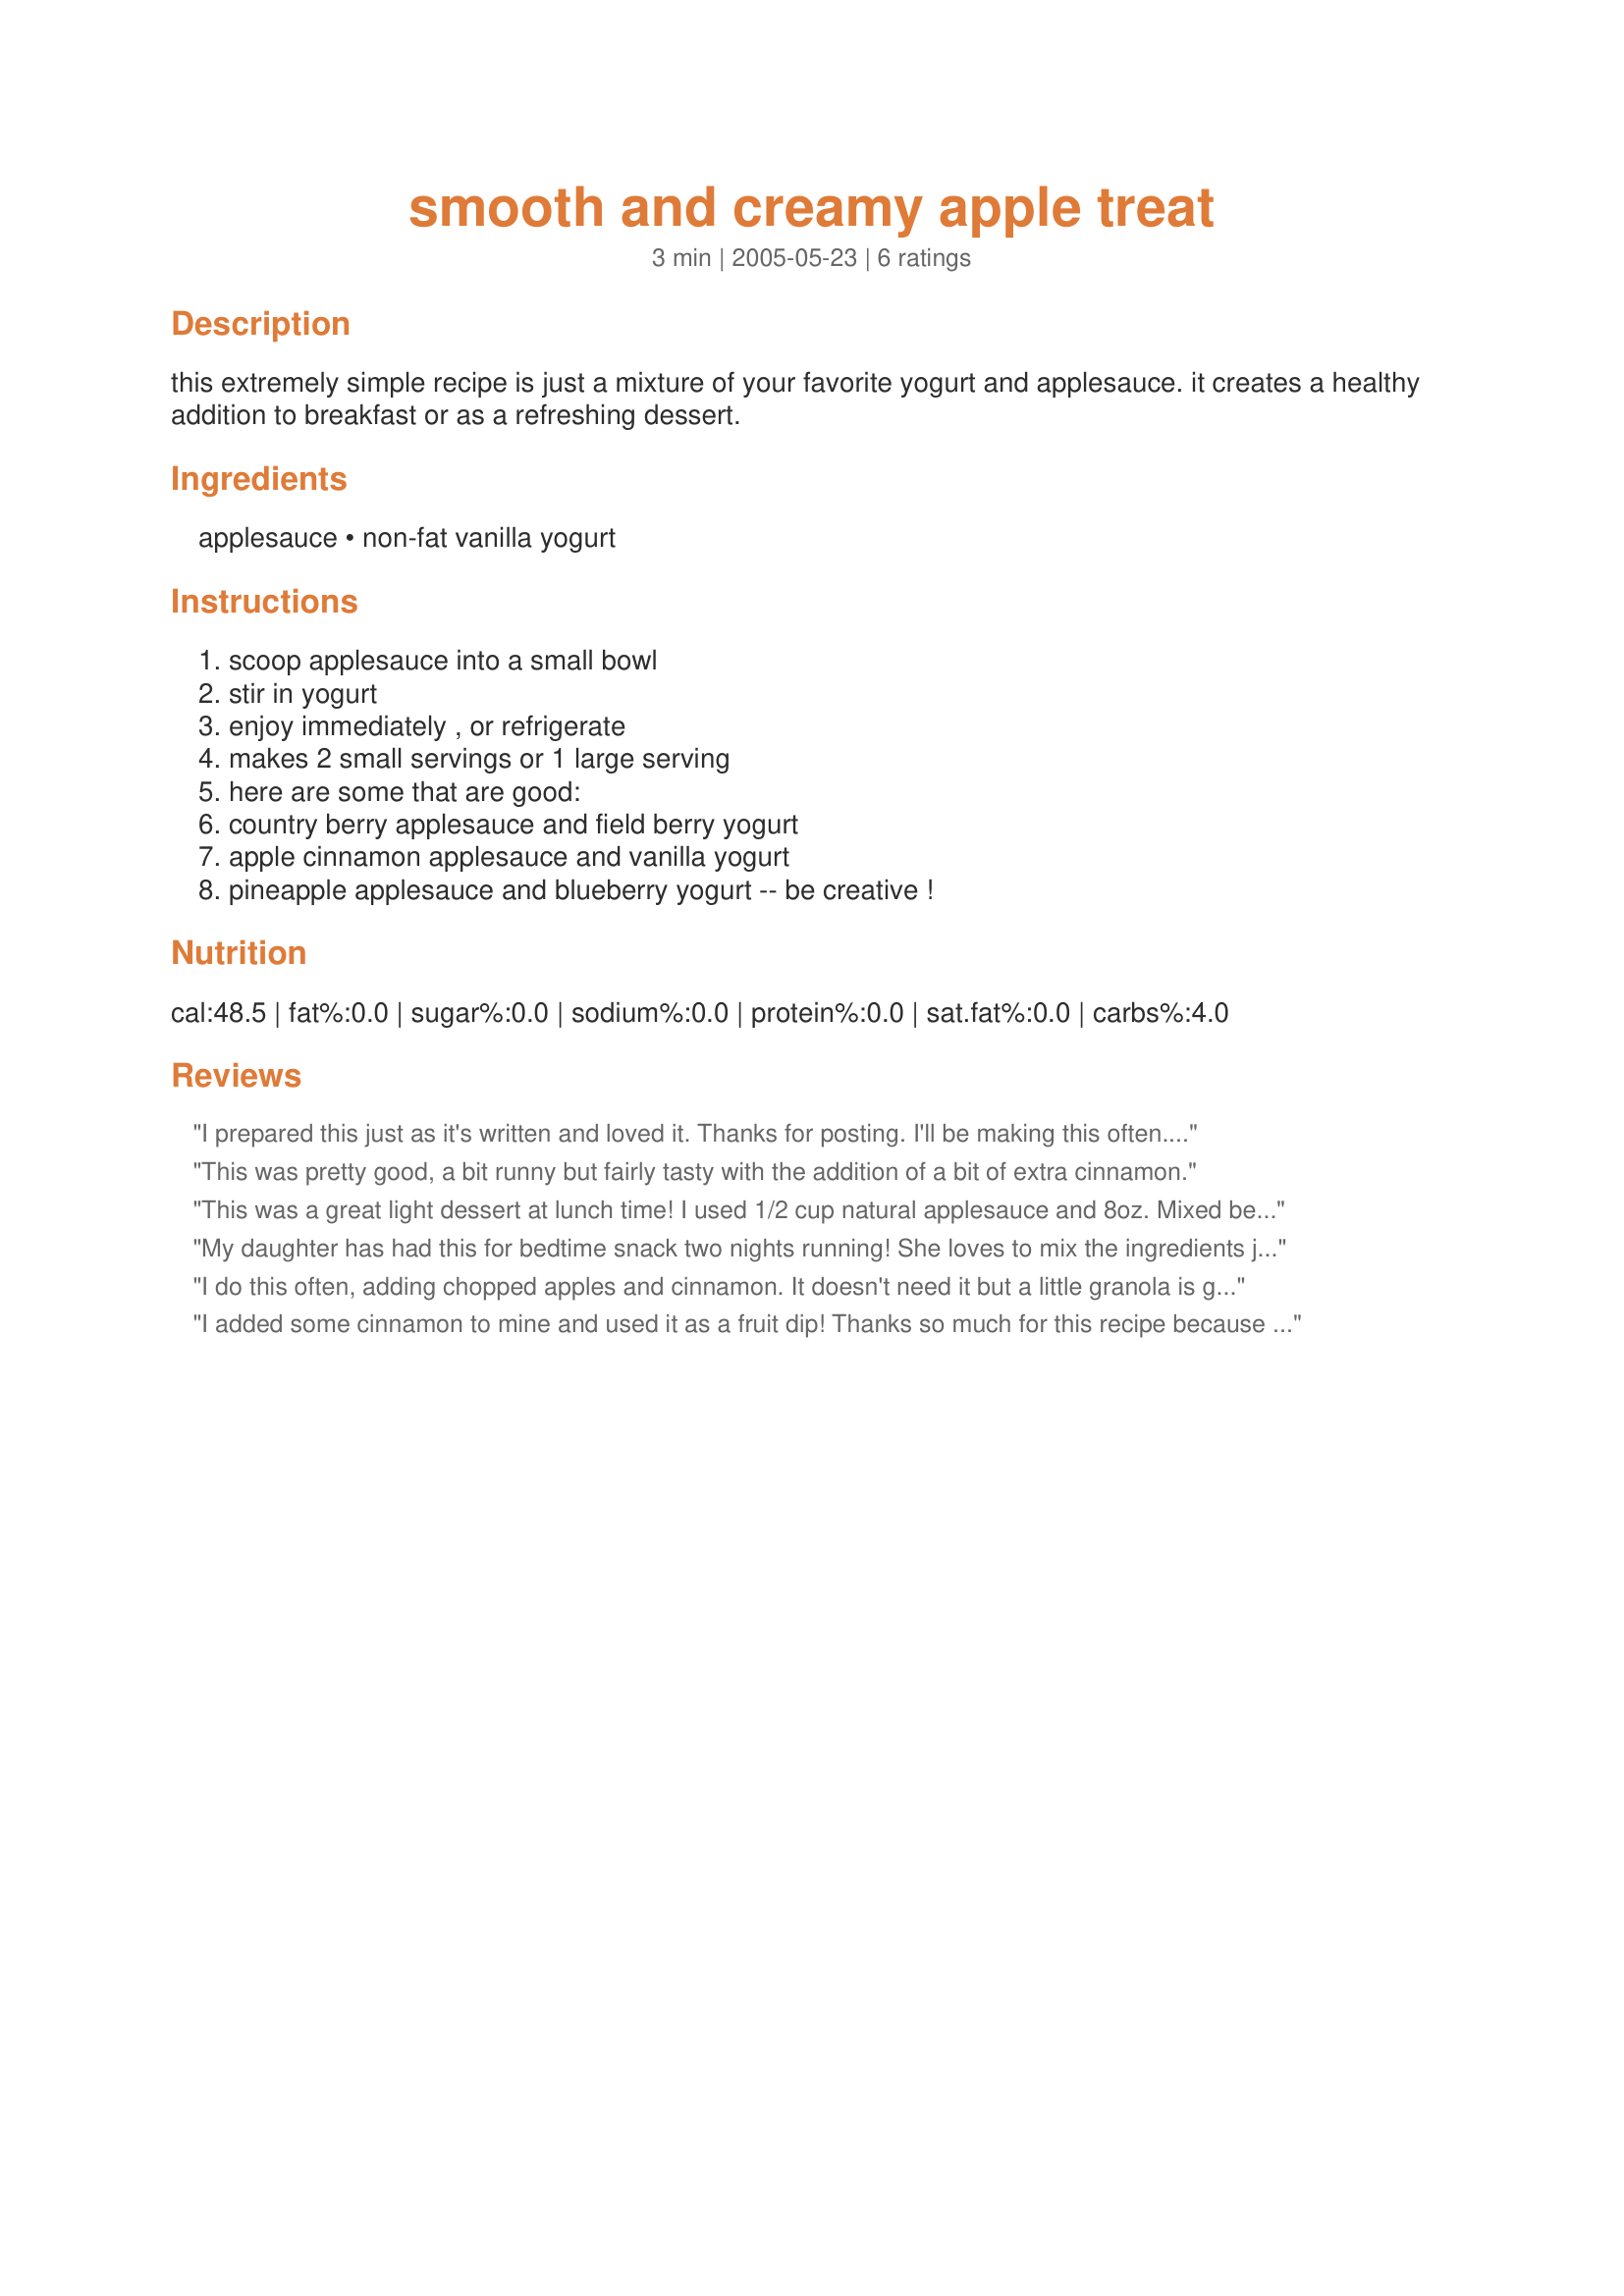
smooth and creamy apple treat
Preparation time: 3 minutes

this extremely simple recipe is just a mixture of your favorite yogurt and applesauce. it creates a healthy addition to breakfast or as a refreshing dessert.

Ingredients:
applesauce, non-fat vanilla yogurt

Steps:
scoop applesauce into a small bowl, stir in yogurt, enjoy immediately , or refrigerate, makes 2 small servings or 1 large serving, here are some that are good:, country berry applesauce and field berry yogurt, apple cinnamon applesauce and vanilla yogurt, pineapple applesauce and blueberry yogurt -- be creative !

Reviews:
I prepared this just as it's written and loved it. Thanks for posting. I'll be making this often. Made for ZWT4
This was pretty good, a bit runny but fairly tasty with the addition of a bit of extra cinnamon.
This was a great light dessert at lunch time!
I used 1/2 cup natural applesauce and 8oz. Mixed berry flavored splenda sweetened yogurt.
This is a keeper!
Thanks...
My daughter has had this for bedtime snack two nights running! She loves to mix the ingredients just to the point where they form a swirly pattern. She remamed the dish applegurt. Thanks for a great healthy snack/dessert.
I do this often, adding chopped apples and cinnamon. It doesn't need it but a little granola is good, too.

Roxygirl
I added some cinnamon to mine and used it as a fruit dip!
Thanks so much for this recipe because it makes a great bedtime snack!
